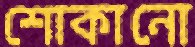
শোকানো